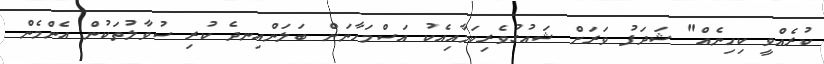
ކުރެއްވީ ކިހިނެއް" ޝަދަފު ވަރަށް ޝައުގުވެރިކަމާއިއެކު އަސްމަހާނަށް ބަލަންއިނދެ ކުރި ސުވާލުތަކުން އެންމެން